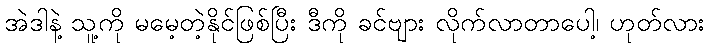
အဲဒါနဲ့ သူ့ကို မမေ့တဲ့နိုင်ဖြစ်ပြီး ဒီကို ခင်ဗျား လိုက်လာတာပေါ့၊ ဟုတ်လား